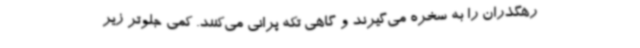
رهگذران را به سخره می‌گیرند و گاهی تکه پرانی می‌کنند. کمی جلوتر زیر